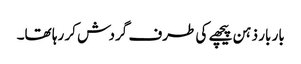
بار بار ذہن پیچھے کی طرف گردش کر رہا تھا۔